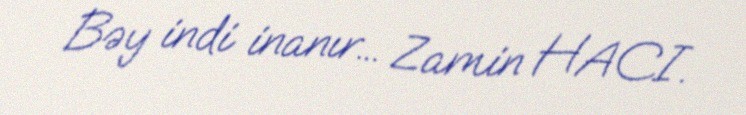
Bəy indi inanır... Zamin HACI.